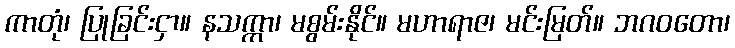
ကာတုံ၊ ပြုခြင်းငှာ။ နသက္ကာ၊ မစွမ်းနိုင်။ မဟာရာဇ၊ မင်းမြတ်။ ဘဂဝတော၊